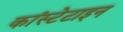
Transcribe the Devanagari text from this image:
कांस्टेटाइन